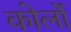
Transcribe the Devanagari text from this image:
कोर्लो